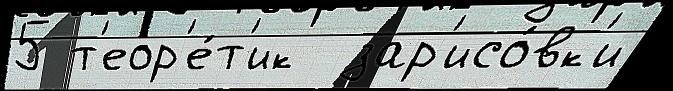
5 т'еор'е́т'ик  зар'исо́вк'и